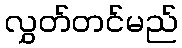
လွှတ်တင်မည်